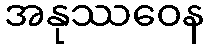
အနုဿဝေန